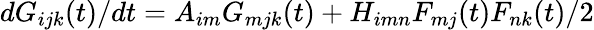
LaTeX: dG_{ijk}(t)/dt=A_{im}G_{mjk}(t)+H_{imn}F_{mj}(t)F_{nk}(t)/2